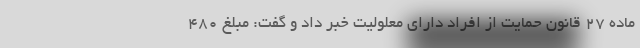
ماده ۲۷ قانون حمایت از افراد دارای معلولیت خبر داد و گفت: مبلغ ۴۸۰